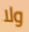
ولا